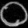
Digit: ၀